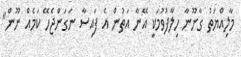
މާލިއްޔަތު ގާނޫނާ ހިލާފުވުމަކީ އޭނާ އަތުން އެ ފައިސާ ނަގަންޖެހޭ ކަމެއް ނޫން"